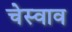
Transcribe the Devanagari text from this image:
चेस्वाव